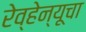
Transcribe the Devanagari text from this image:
रेव्हेन्यूचा